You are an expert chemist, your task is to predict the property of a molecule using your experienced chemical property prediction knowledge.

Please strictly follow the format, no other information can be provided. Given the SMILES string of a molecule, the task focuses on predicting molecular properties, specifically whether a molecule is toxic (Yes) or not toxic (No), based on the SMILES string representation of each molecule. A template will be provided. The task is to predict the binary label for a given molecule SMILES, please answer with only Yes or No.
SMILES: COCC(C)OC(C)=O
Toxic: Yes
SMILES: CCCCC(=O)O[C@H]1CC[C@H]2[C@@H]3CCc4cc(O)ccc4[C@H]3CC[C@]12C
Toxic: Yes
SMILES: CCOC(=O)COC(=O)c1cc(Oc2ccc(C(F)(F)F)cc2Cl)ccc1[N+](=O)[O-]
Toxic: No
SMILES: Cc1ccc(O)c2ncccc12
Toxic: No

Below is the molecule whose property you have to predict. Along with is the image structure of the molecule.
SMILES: COP(=O)(OC)SCn1c(=O)oc2cc(Cl)cnc21
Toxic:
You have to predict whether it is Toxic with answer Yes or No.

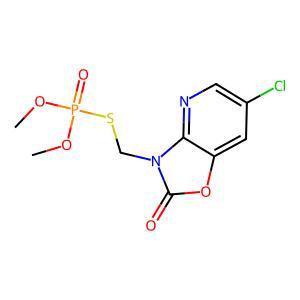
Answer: No